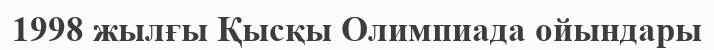
1998 жылғы Қысқы Олимпиада ойындары